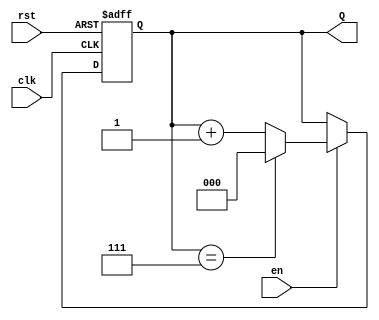
module up_counter (
    input wire clk,        // Clock signal
    input wire en,        // Enable signal
    input wire rst,       // Asynchronous reset signal
    output reg [N-1:0] Q  // Current count value (N bits wide)
);
    parameter N = 3;      // Width of the counter (3 bits for counting 0 to 7)

    // Asynchronous reset and counting logic
    always @(posedge clk or posedge rst) begin
        if (rst) begin
            Q <= 0;       // Reset the counter to zero
        end else if (en) begin
            if (Q == (2**N - 1)) begin
                Q <= 0;   // Wrap around to zero if maximum value is reached
            end else begin
                Q <= Q + 1; // Increment the counter
            end
        end
    end
endmodule